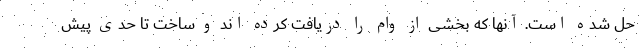
حل شده است. آنها که بخشی از وام را دریافت کرده اند و ساخت تا حدی پیش